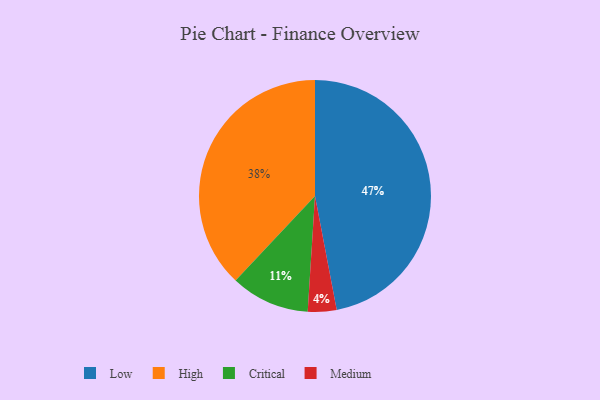
{"axis": {"x": "Category", "y": "Percentage"}, "legend": ["Critical", "High", "Low", "Medium"], "data": [{"x": "Medium", "y": 4, "type": "Medium"}, {"x": "Critical", "y": 11, "type": "Critical"}, {"x": "High", "y": 38, "type": "High"}, {"x": "Low", "y": 47, "type": "Low"}]}